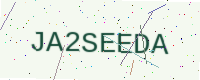
Text: JA2SEEDA